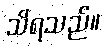
သိရသည်။